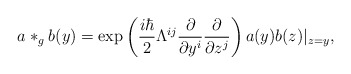
\begin{align*}a*_gb(y) =\exp \left(\frac{i\hbar }2\Lambda ^{ij}\frac \partial {\partial y^i}\frac \partial{\partial z^j}\right) a(y)b(z)|_{z=y}, \end{align*}